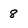
Character: 8